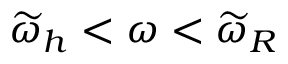
\widetilde { \omega } _ { h } < \omega < \widetilde { \omega } _ { R }